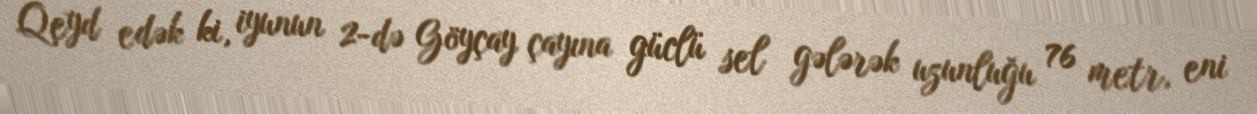
Qeyd edək ki, iyunun 2-də Göyçay çayına güclü sel gələrək uzunluğu 76 metr, eni